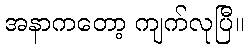
အနာကတော့ ကျက်လုပြီ။